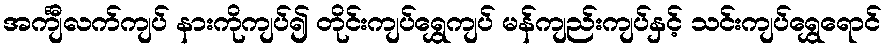
အင်္ကျီလက်ကျပ် နားကိုကျပ်၍ တိုင်းကျပ်ရွှေကျပ် မန်ကျည်းကျပ်နှင့် သင်းကျပ်ရွှေရောင်